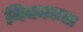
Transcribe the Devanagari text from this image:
नियमकला